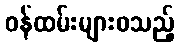
ဝန်ထမ်းများစသည့်